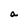
Character: a